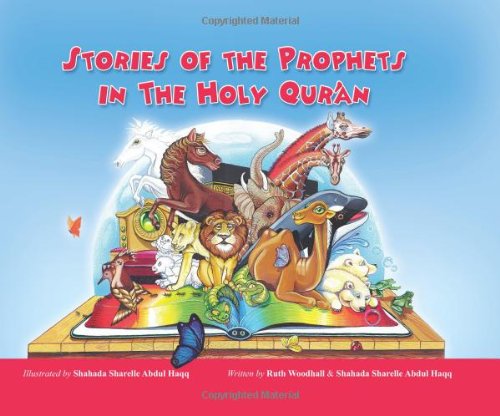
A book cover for Stories of the Prophets in the Holy Qu'ran; Shahada Sharelle Haqq; Children's Books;